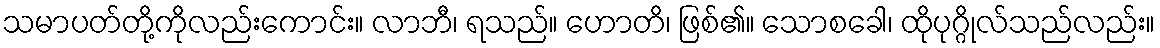
သမာပတ်တို့ကိုလည်းကောင်း။ လာဘီ၊ ရသည်။ ဟောတိ၊ ဖြစ်၏။ သောစခေါ၊ ထိုပုဂ္ဂိုလ်သည်လည်း။